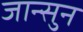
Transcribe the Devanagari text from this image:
जान्सुन